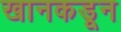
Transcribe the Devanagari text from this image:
खानकडून